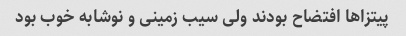
پیتزاها افتضاح بودند ولی سیب زمینی و نوشابه خوب بود